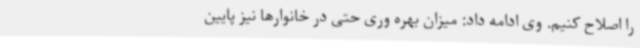
را اصلاح کنیم. وی ادامه داد: میزان بهره وری حتی در خانوارها نیز پایین